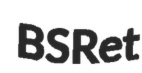
BSRet